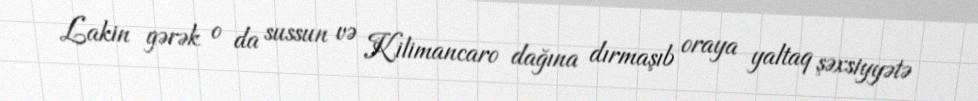
Lakin gərək o da sussun və Kilimancaro dağına dırmaşıb oraya yaltaq şəxsiyyətə